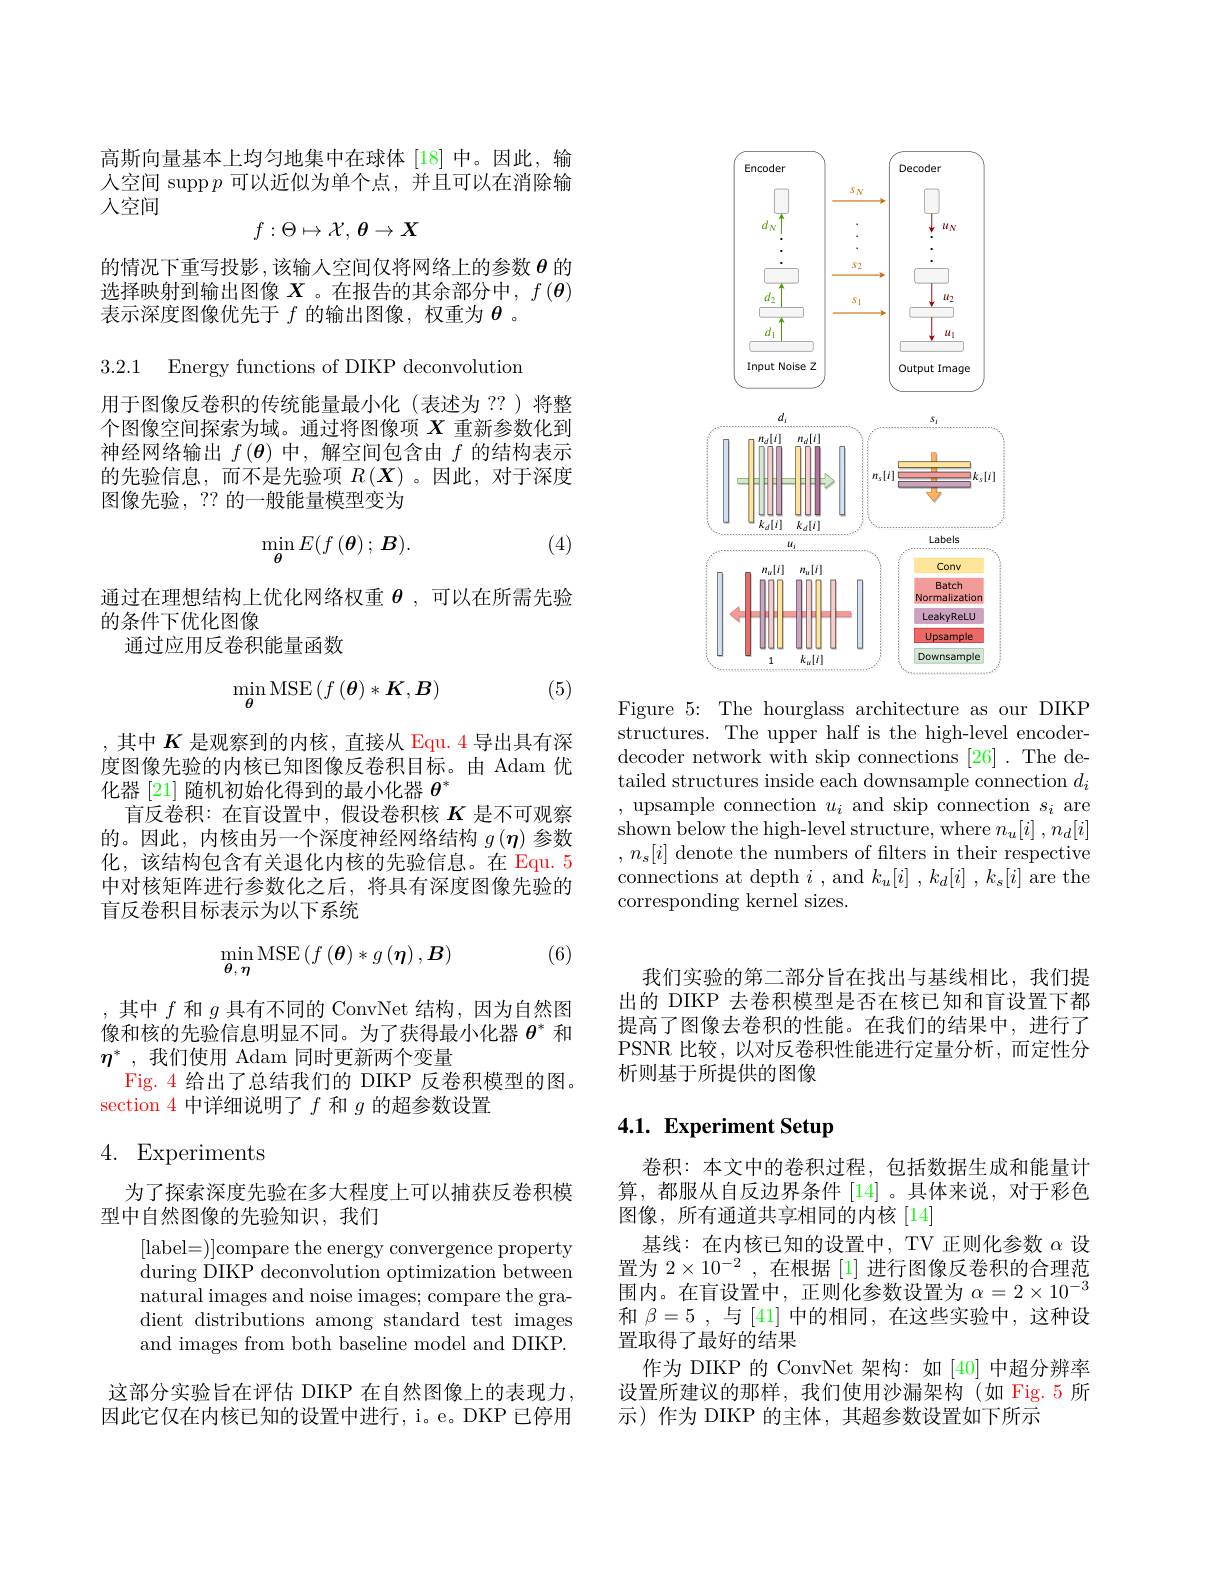
高斯向量基本上均匀地集中在球体 [18] 中。因此，输人空间 supp$p$可以近似为单个点，并且可以在消除输人空间
$$f:\Theta\mapsto\mathcal{X},\:\theta\to X$$
的情况下重写投影 , 该输入空间仅将网络上的参数$\theta$的选择映射到输出图像$X$ 。在报告的其余部分中，$f\left(\boldsymbol{\theta}\right)$ 表示深度图像优先于$f$的输出图像，权重为$\theta$ 。

3.2.1 Energy functions of DIKP deconvolution

用于图像反卷积的传统能量最小化(表述为 ??)将整个图像空间探索为域。通过将图像项$X$重新参数化到神经网络输出$f(\boldsymbol{\theta})$中，解空间包含由$f$的结构表示的先验信息，而不是先验项$R\left(\boldsymbol{X}\right)$。因此，对于深度图像先验，?? 的一般能量模型变为

(4)
$$\min_{\boldsymbol{\theta}}E(f\left(\boldsymbol{\theta}\right);\boldsymbol{B}).$$
通过在理想结构上优化网络权重$\boldsymbol{\theta}$,可以在所需先验
的条件下优化图像
通过应用反卷积能量函数

(5)
$$\min\limits_{\boldsymbol{\theta}}\mathrm{MSE}\left(f\left(\boldsymbol{\theta}\right)*\boldsymbol{K},\boldsymbol{B}\right)$$
,其中$K$是观察到的内核，直接从 Equ. 4 导出具有深度图像先验的内核已知图像反卷积目标。由 Adam 优化器 [21] 随机初始化得到的最小化器$\theta^*$
盲反卷积：在盲设置中，假设卷积核$K$是不可观察的。因此，内核由另一个深度神经网络结构$g\left(\boldsymbol{\eta}\right)$参数化，该结构包含有关退化内核的先验信息。在 Equ. 5中对核矩阵进行参数化之后，将具有深度图像先验的盲反卷积目标表示为以下系统

(6)
$$\min\limits_{\theta,\:\eta}\mathrm{MSE}\left(f\left(\theta\right)*g\left(\eta\right),B\right)$$
,其中$f$和$g$具有不同的 ConvNet 结构，因为自然图像和核的先验信息明显不同。为了获得最小化器$\theta^*$和$\eta^*$ ,我们使用 Adam 同时更新两个变量
Fig. 4 给出了总结我们的 DIKP 反卷积模型的图。
section 4 中详细说明了$f$和$g$的超参数设置

## 4. Experiments

为了探索深度先验在多大程度上可以捕获反卷积模
型中自然图像的先验知识，我们

[label=)]compare the energy convergence property during DIKP deconvolution optimization between natural images and noise images; compare the gradient distributions among standard test images and images from both baseline model and DIKP.

这部分实验旨在评估 DIKP 在自然图像上的表现力， 因此它仅在内核已知的设置中进行，i。e。DKP 已停用

<FigureHere>
Figure 5: The hourglass architecture as our DIKP

structures. The upper half is the high-level encoderdecoder network with skip connections [26] .The detailed structures inside each downsample connection $d_i$ , upsample connection $u_i$ and skip connection $s_i$ are shown below the high-level structure, where $n_u[i],n_d[i]$ $,n_s[i]$ denote the numbers of filters in their respective connections at depth $i$, and $k_u[i],k_d[i],k_s[i]$ are the corresponding kernel sizes.

我们实验的第二部分旨在找出与基线相比，我们提出的 DIKP 去卷积模型是否在核已知和盲设置下都提高了图像去卷积的性能。在我们的结果中，进行了PSNR 比较，以对反卷积性能进行定量分析，而定性分析则基于所提供的图像

# 4.1. Experiment Setup

卷积：本文中的卷积过程，包括数据生成和能量计算，都服从自反边界条件[14]。具体来说，对于彩色图像，所有通道共享相同的内核[14]
基线：在内核已知的设置中，TV 正则化参数$\alpha$设置为$2\times10^{-2}$ ,在根据 [1] 进行图像反卷积的合理范围内。在盲设置中，正则化参数设置为$\alpha=2\times10^{-3}$ 和$\beta=5$ ,与[41]中的相同，在这些实验中，这种设置取得了最好的结果
作为 DIKP 的 ConvNet 架构：如[40]中超分辨率设置所建议的那样，我们使用沙漏架构(如 Fig.5 所示)作为 DIKP 的主体，其超参数设置如下所示